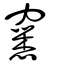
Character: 窸